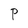
Character: P